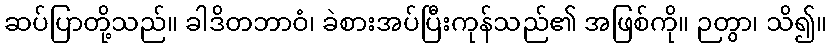
ဆပ်ပြာတို့သည်။ ခါဒိတဘာဝံ၊ ခဲစားအပ်ပြီးကုန်သည်၏ အဖြစ်ကို။ ဉတွာ၊ သိ၍။